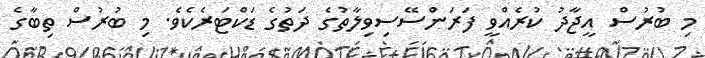
މި ބުރުސް އީޖާދު ކުރެއްވީ ފަރަންސޭސިވިލާތުގެ ދަތުގެ ޑަކްޓަރެކެވެ. މި ބުރުސް ތިބާގެ